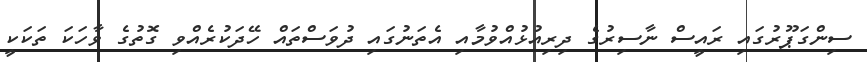
ސިންގަޕޫރުގައި ރައީސް ނާސިރުގެ ދިރިއުޅުއްވުމާއި އެތަނުގައި ދުވަސްތައް ހޭދަކުރެއްވި ގޮތުގެ ވާހަކަ ތަކަކީ